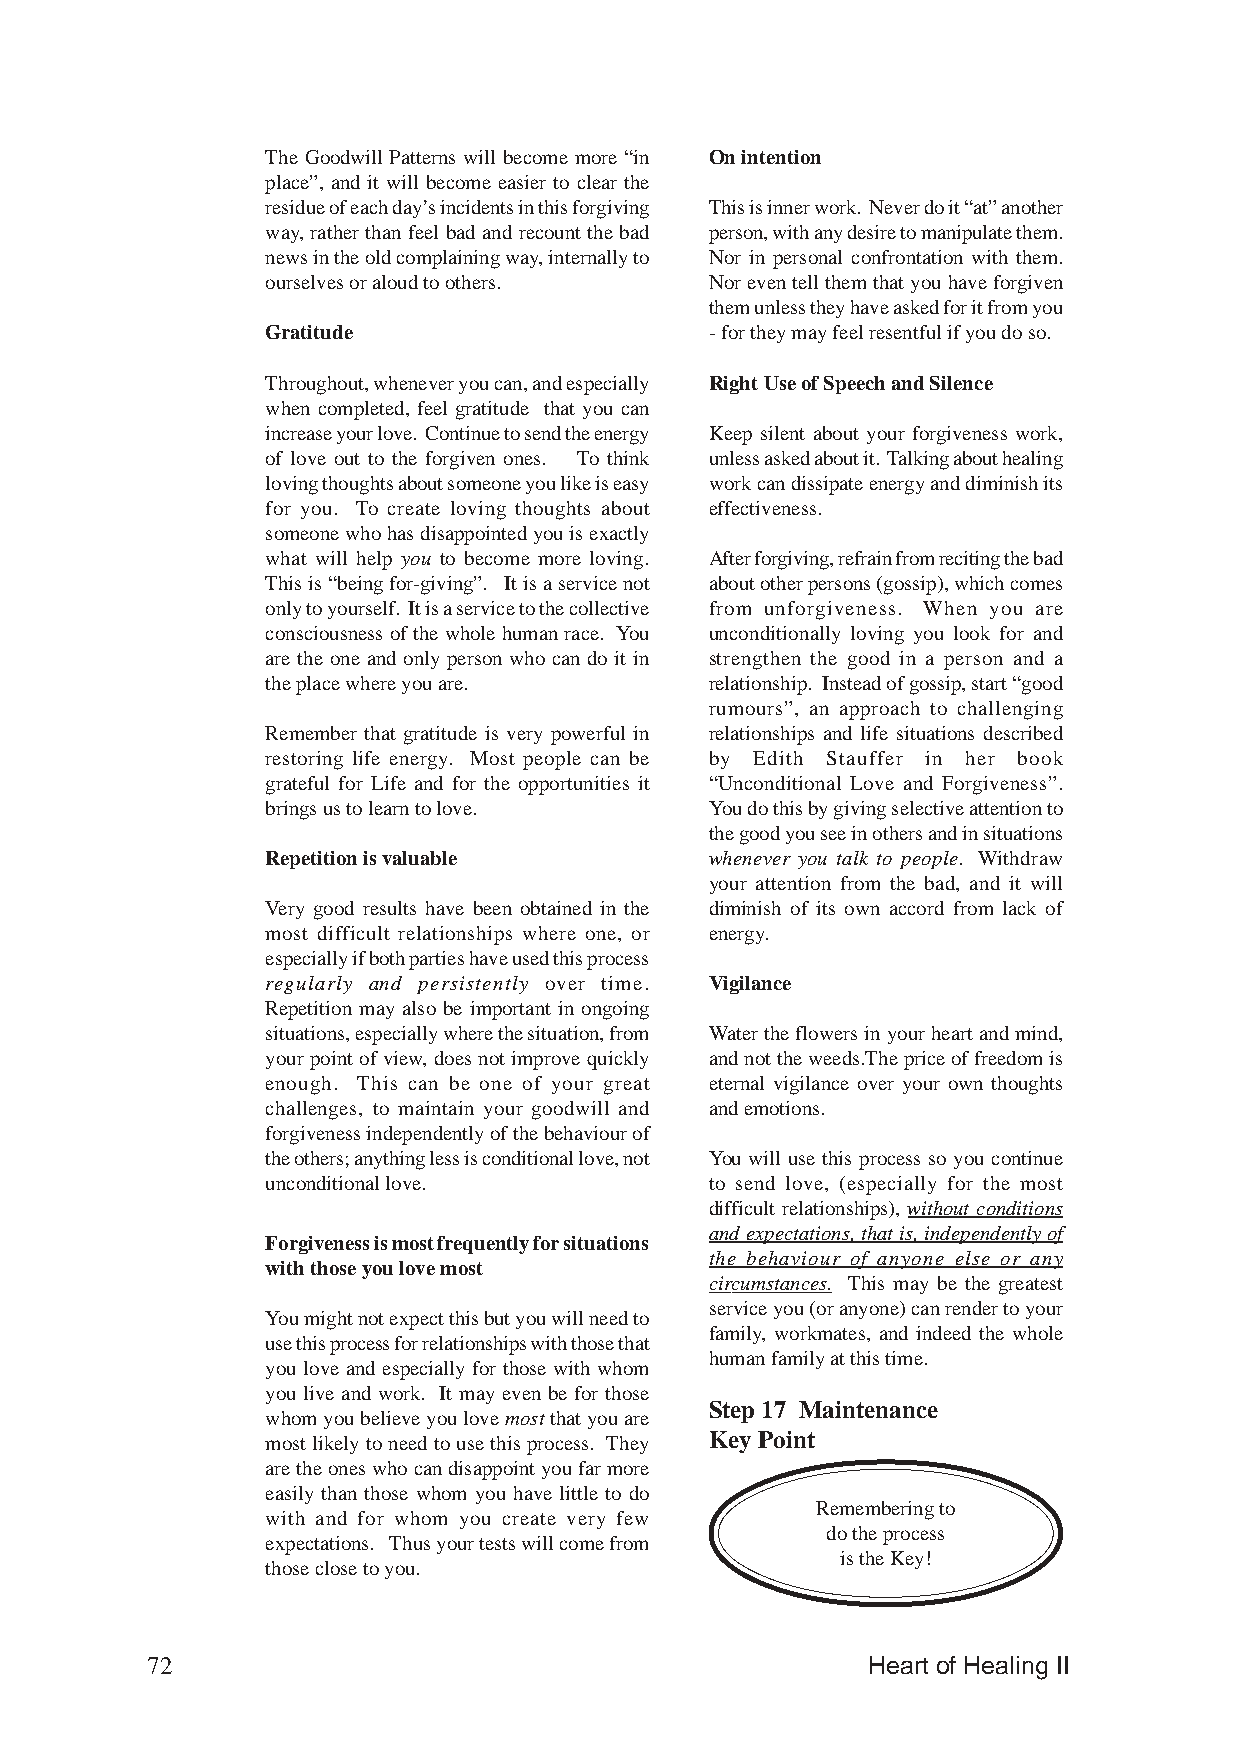
The Goodwill Patterns will become more “in On intention
 place”, and it will become easier to clear the
 residue of each day’s incidents in this forgiving This is inner work. Never do it “at” another
 way, rather than feel bad and recount the bad person, with any desire to manipulate them.
 news in the old complaining way, internally to Nor in personal confrontation with them.
 ourselves or aloud to others. Nor even tell them that you have forgiven
 them unless they have asked for it from you
 Gratitude                    - for they may feel resentful if you do so.
 Throughout, whenever you can, and especially Right Use of Speech and Silence
 when completed, feel gratitude that you can
 increase your love. Continue to send the energy Keep silent about your forgiveness work,
 of love out to the forgiven ones. To think unless asked about it. Talking about healing
 loving thoughts about someone you like is easy work can dissipate energy and diminish its
 for you. To create loving thoughts about effectiveness.
 someone who has disappointed you is exactly
 what will help you to become more loving. After forgiving, refrain from reciting the bad
 This is “being for-giving”. It is a service not about other persons (gossip), which comes
 only to yourself. It is a service to the collective from unforgiveness. When you are
 consciousness of the whole human race. You unconditionally loving you look for and
 are the one and only person who can do it in strengthen the good in a person and a
 the place where you are.     relationship. Instead of gossip, start “good
 rumours”, an approach to challenging
 Remember that gratitude is very powerful in relationships and life situations described
 restoring life energy. Most people can be by Edith Stauffer in her book
 grateful for Life and for the opportunities it “Unconditional Love and Forgiveness”.
 brings us to learn to love.  You do this by giving selective attention to
 the good you see in others and in situations
 Repetition is valuable       whenever you talk to people. Withdraw
 your attention from the bad, and it will
 Very good results have been obtained in the diminish of its own accord from lack of
 most difficult relationships where one, or energy.
 especially if both parties have used this process
 regularly and persistently over time. Vigilance
 Repetition may also be important in ongoing
 situations, especially where the situation, from Water the flowers in your heart and mind,
 your point of view, does not improve quickly and not the weeds.The price of freedom is
 enough. This can be one of your great eternal vigilance over your own thoughts
 challenges, to maintain your goodwill and and emotions.
 forgiveness independently of the behaviour of
 the others; anything less is conditional love, not You will use this process so you continue
 unconditional love.          to send love, (especially for the most
 difficult relationships), without conditions
 and expectations, that is, independently of
 Forgiveness is most frequently for situations
 the behaviour of anyone else or any
 with those you love most
 circumstances. This may be the greatest
 service you (or anyone) can render to your
 You might not expect this but you will need to
 family, workmates, and indeed the whole
 use this process for relationships with those that
 human family at this time.
 you love and especially for those with whom
 you live and work. It may even be for those
 Step 17 Maintenance
 whom you believe you love most that you are
 most likely to need to use this process. They Key Point
 are the ones who can disappoint you far more
 easily than those whom you have little to do
 Remembering to
 with and for whom you create very few
 do the process
 expectations. Thus your tests will come from
 is the Key!
 those close to you.
 72                                             Heart of Healing II